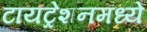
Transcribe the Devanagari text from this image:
टायट्रेशनमध्ये